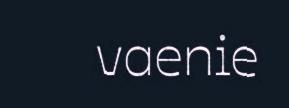
vaenie